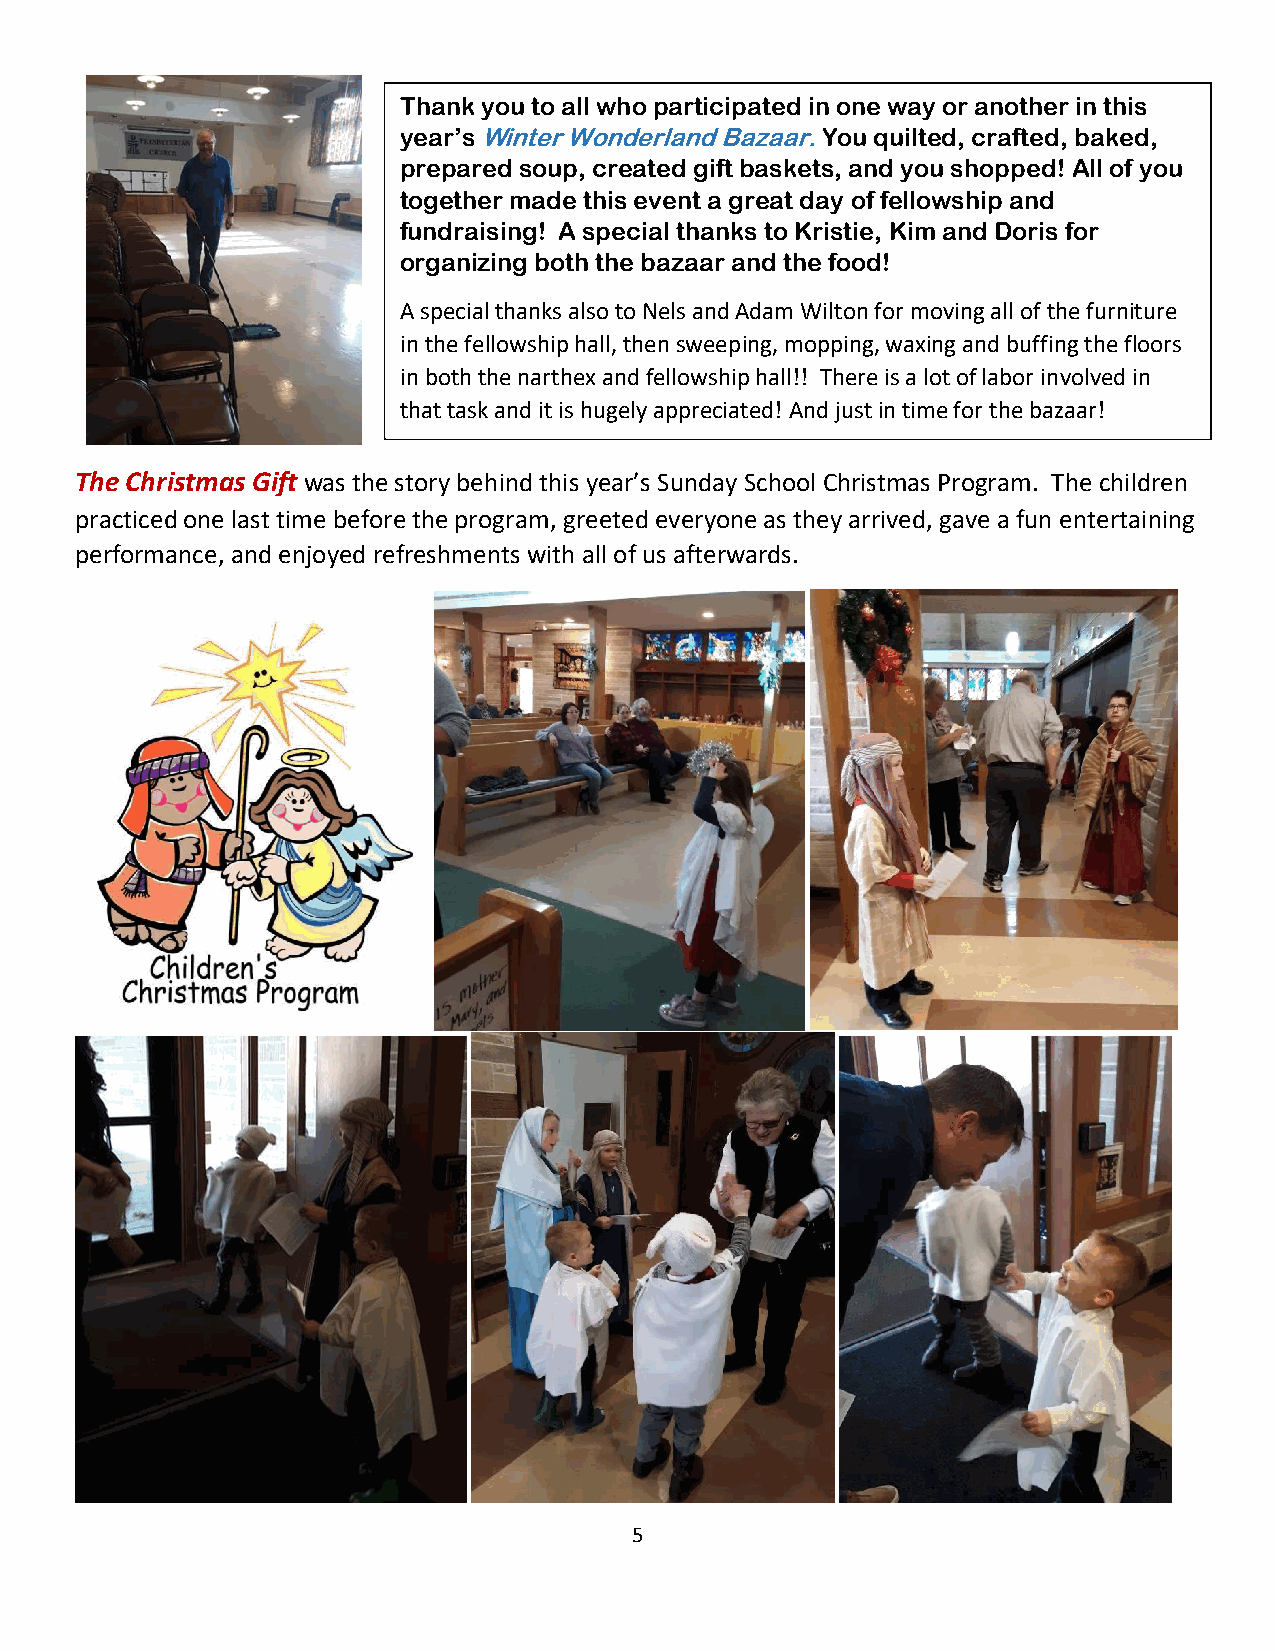
Thank you to all who participated in one way or another in this
 year’s Winter Wonderland Bazaar. You quilted, crafted, baked,
 prepared soup, created gift baskets, and you shopped! All of you
 together made this event a great day of fellowship and
 fundraising! A special thanks to Kristie, Kim and Doris for
 organizing both the bazaar and the food!
 A special thanks also to Nels and Adam Wilton for moving all of the furniture
 in the fellowship hall, then sweeping, mopping, waxing and buffing the floors
 in both the narthex and fellowship hall!! There is a lot of labor involved in
 that task and it is hugely appreciated! And just in time for the bazaar!
 The Christmas Gift was the story behind this year’s Sunday School Christmas Program. The children
 practiced one last time before the program, greeted everyone as they arrived, gave a fun entertaining
 performance, and enjoyed refreshments with all of us afterwards.
 5